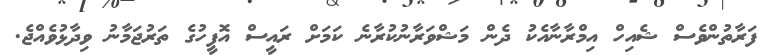
ފަރާތުންވެސް ޝެއިހް އިމްރާނާއެކު ދެން މަޝްވަރާނުކުރާނެ ކަމަށް ރައީސް އޮފީހުގެ ތަރުޖަމާނު ވިދާޅުވެއްޖެ.